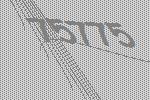
75775